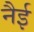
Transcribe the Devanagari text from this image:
नैई